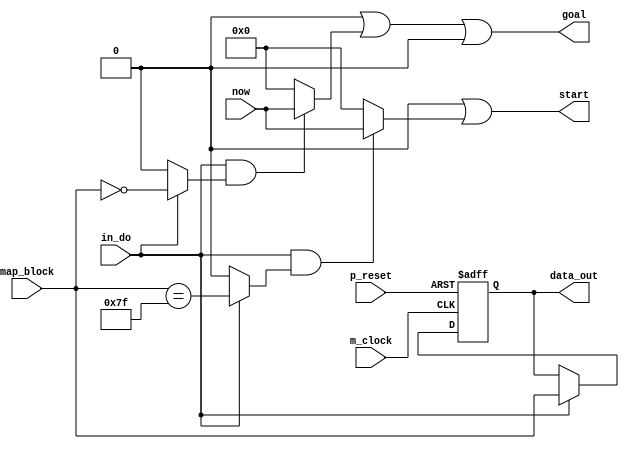
// This program was cloned from: https://github.com/shun7b/bidirectional-search
// License: GNU General Public License v3.0


/*Produced by NSL Core(version=20221225), IP ARCH, Inc. Sat Apr 27 08:50:05 2024
 Licensed to :EVALUATION USER*/
/*
 DO NOT USE ANY PART OF THIS FILE FOR COMMERCIAL PRODUCTS. 
*/

module seach_block ( p_reset , m_clock , map_block , now , start , goal , data_out , in_do );
  input p_reset, m_clock;
  wire p_reset, m_clock;
  input [7:0] map_block;
  wire [7:0] map_block;
  input [7:0] now;
  wire [7:0] now;
  output [7:0] start;
  wire [7:0] start;
  output [7:0] goal;
  wire [7:0] goal;
  output [7:0] data_out;
  wire [7:0] data_out;
  input in_do;
  wire in_do;
  reg [7:0] data_reg;
  wire [6:0] _net_0;
  wire _net_1;
  wire _net_2;
  wire _net_4;
  wire _net_5;

   assign  _net_0 = ({({1'b1,1'b1,1'b1,1'b1,1'b1,1'b1}),1'b1});
   assign  _net_1 = 
// synthesis translate_off
// synopsys translate_off
(in_do)? 
// synthesis translate_on
// synopsys translate_on
((in_do)?(map_block==({1'b0,_net_0})):1'b0)
// synthesis translate_off
// synopsys translate_off
:1'bx
// synthesis translate_on
// synopsys translate_on
;
   assign  _net_2 = 
// synthesis translate_off
// synopsys translate_off
(in_do)? 
// synthesis translate_on
// synopsys translate_on
((in_do)?(map_block==({({1'b0,1'b0,1'b0,1'b0,1'b0,1'b0,1'b0}),1'b0})):1'b0)
// synthesis translate_off
// synopsys translate_off
:1'bx
// synthesis translate_on
// synopsys translate_on
;

// synthesis translate_off
// synopsys translate_off
always @(posedge m_clock)
  begin
    if((in_do&_net_2))
    begin
    $display("%h,%dgoal,%d",map_block,now,data_reg);
    end
  end

// synthesis translate_on
// synopsys translate_on
   assign  _net_4 = 
// synthesis translate_off
// synopsys translate_off
(in_do)? 
// synthesis translate_on
// synopsys translate_on
((in_do)?((map_block[7])==1'b1):1'b0)
// synthesis translate_off
// synopsys translate_off
:1'bx
// synthesis translate_on
// synopsys translate_on
;
   assign  _net_5 = 
// synthesis translate_off
// synopsys translate_off
(in_do)? 
// synthesis translate_on
// synopsys translate_on
((in_do)?((map_block[6:5])==2'b10):1'b0)
// synthesis translate_off
// synopsys translate_off
:1'bx
// synthesis translate_on
// synopsys translate_on
;

// synthesis translate_off
// synopsys translate_off
always @(posedge m_clock or negedge p_reset)
  begin
if (((((in_do&_net_5)&(in_do&_net_4))|(((in_do&_net_5)|(in_do&_net_4))&(in_do&_net_2)))|((((in_do&_net_5)|(in_do&_net_4))|(in_do&_net_2))&(in_do&_net_1))))
 begin $display("Warning: assign collision(seach_block:start) at %d",$time);
if ((in_do&_net_5)) $display("assert ((in_do&_net_5)) line 22 at %d\n",$time);
if ((in_do&_net_4)) $display("assert ((in_do&_net_4)) line 18 at %d\n",$time);
if ((in_do&_net_2)) $display("assert ((in_do&_net_2)) line 13 at %d\n",$time);
if ((in_do&_net_1)) $display("assert ((in_do&_net_1)) line 9 at %d\n",$time);
 end
 end

// synthesis translate_on
// synopsys translate_on
   assign  start = 
// synthesis translate_off
// synopsys translate_off
(((((in_do&_net_5)&(in_do&_net_4))|(((in_do&_net_5)|(in_do&_net_4))&(in_do&_net_2)))|((((in_do&_net_5)|(in_do&_net_4))|(in_do&_net_2))&(in_do&_net_1))))? 8'bx :(((((in_do&_net_5)|(in_do&_net_4))|(in_do&_net_2))|(in_do&_net_1)))? 
// synthesis translate_on
// synopsys translate_on
(((in_do&_net_5))?8'b00000000:8'b0)|
    (((in_do&_net_4))?8'b00000000:8'b0)|
    (((in_do&_net_2))?8'b00000000:8'b0)|
    (((in_do&_net_1))?now:8'b0)
// synthesis translate_off
// synopsys translate_off
:8'bx
// synthesis translate_on
// synopsys translate_on
;

// synthesis translate_off
// synopsys translate_off
always @(posedge m_clock or negedge p_reset)
  begin
if (((((in_do&_net_5)&(in_do&_net_4))|(((in_do&_net_5)|(in_do&_net_4))&(in_do&_net_2)))|((((in_do&_net_5)|(in_do&_net_4))|(in_do&_net_2))&(in_do&_net_1))))
 begin $display("Warning: assign collision(seach_block:goal) at %d",$time);
if ((in_do&_net_5)) $display("assert ((in_do&_net_5)) line 23 at %d\n",$time);
if ((in_do&_net_4)) $display("assert ((in_do&_net_4)) line 19 at %d\n",$time);
if ((in_do&_net_2)) $display("assert ((in_do&_net_2)) line 14 at %d\n",$time);
if ((in_do&_net_1)) $display("assert ((in_do&_net_1)) line 10 at %d\n",$time);
 end
 end

// synthesis translate_on
// synopsys translate_on
   assign  goal = 
// synthesis translate_off
// synopsys translate_off
(((((in_do&_net_5)&(in_do&_net_4))|(((in_do&_net_5)|(in_do&_net_4))&(in_do&_net_2)))|((((in_do&_net_5)|(in_do&_net_4))|(in_do&_net_2))&(in_do&_net_1))))? 8'bx :(((((in_do&_net_5)|(in_do&_net_4))|(in_do&_net_2))|(in_do&_net_1)))? 
// synthesis translate_on
// synopsys translate_on
(((in_do&_net_5))?8'b00000000:8'b0)|
    (((in_do&_net_4))?8'b00000000:8'b0)|
    (((in_do&_net_2))?now:8'b0)|
    (((in_do&_net_1))?8'b00000000:8'b0)
// synthesis translate_off
// synopsys translate_off
:8'bx
// synthesis translate_on
// synopsys translate_on
;
   assign  data_out = data_reg;
always @(posedge m_clock or negedge p_reset)
  begin
if (~p_reset)
     data_reg <= 8'b00000000;
else if (in_do)
      data_reg <= map_block;
end
endmodule

/*Produced by NSL Core(version=20221225), IP ARCH, Inc. Sat Apr 27 08:50:05 2024
 Licensed to :EVALUATION USER*/